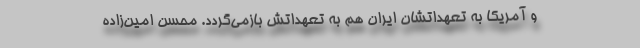
و آمریکا به تعهداتشان ایران هم به تعهداتش بازمی‌گردد. محسن امین‌زاده